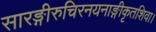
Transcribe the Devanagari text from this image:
सारङ्गीरुचिरनयनाङ्गीकृतशिवा।